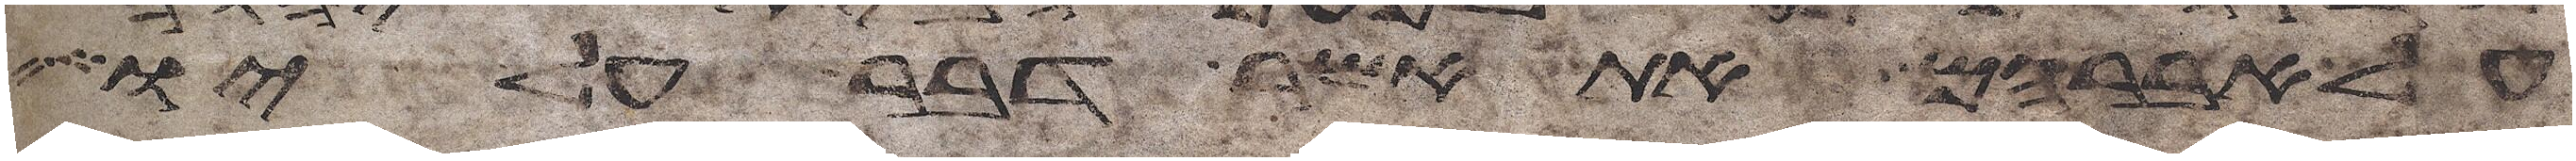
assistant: על אברהם את אשר דבר עליו